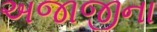
અજાજીના